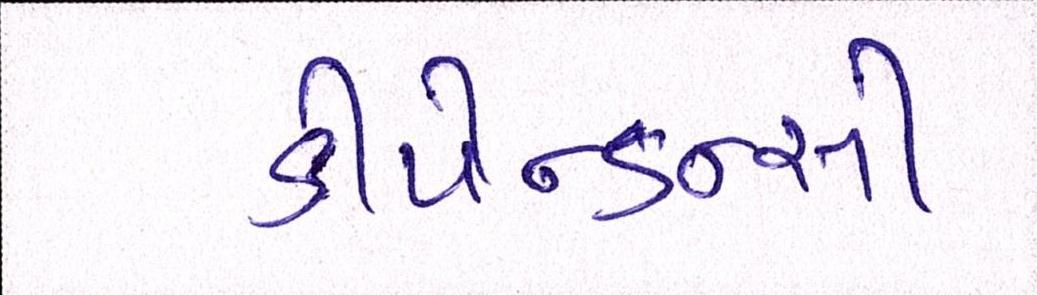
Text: ડીપેન્ડન્સી